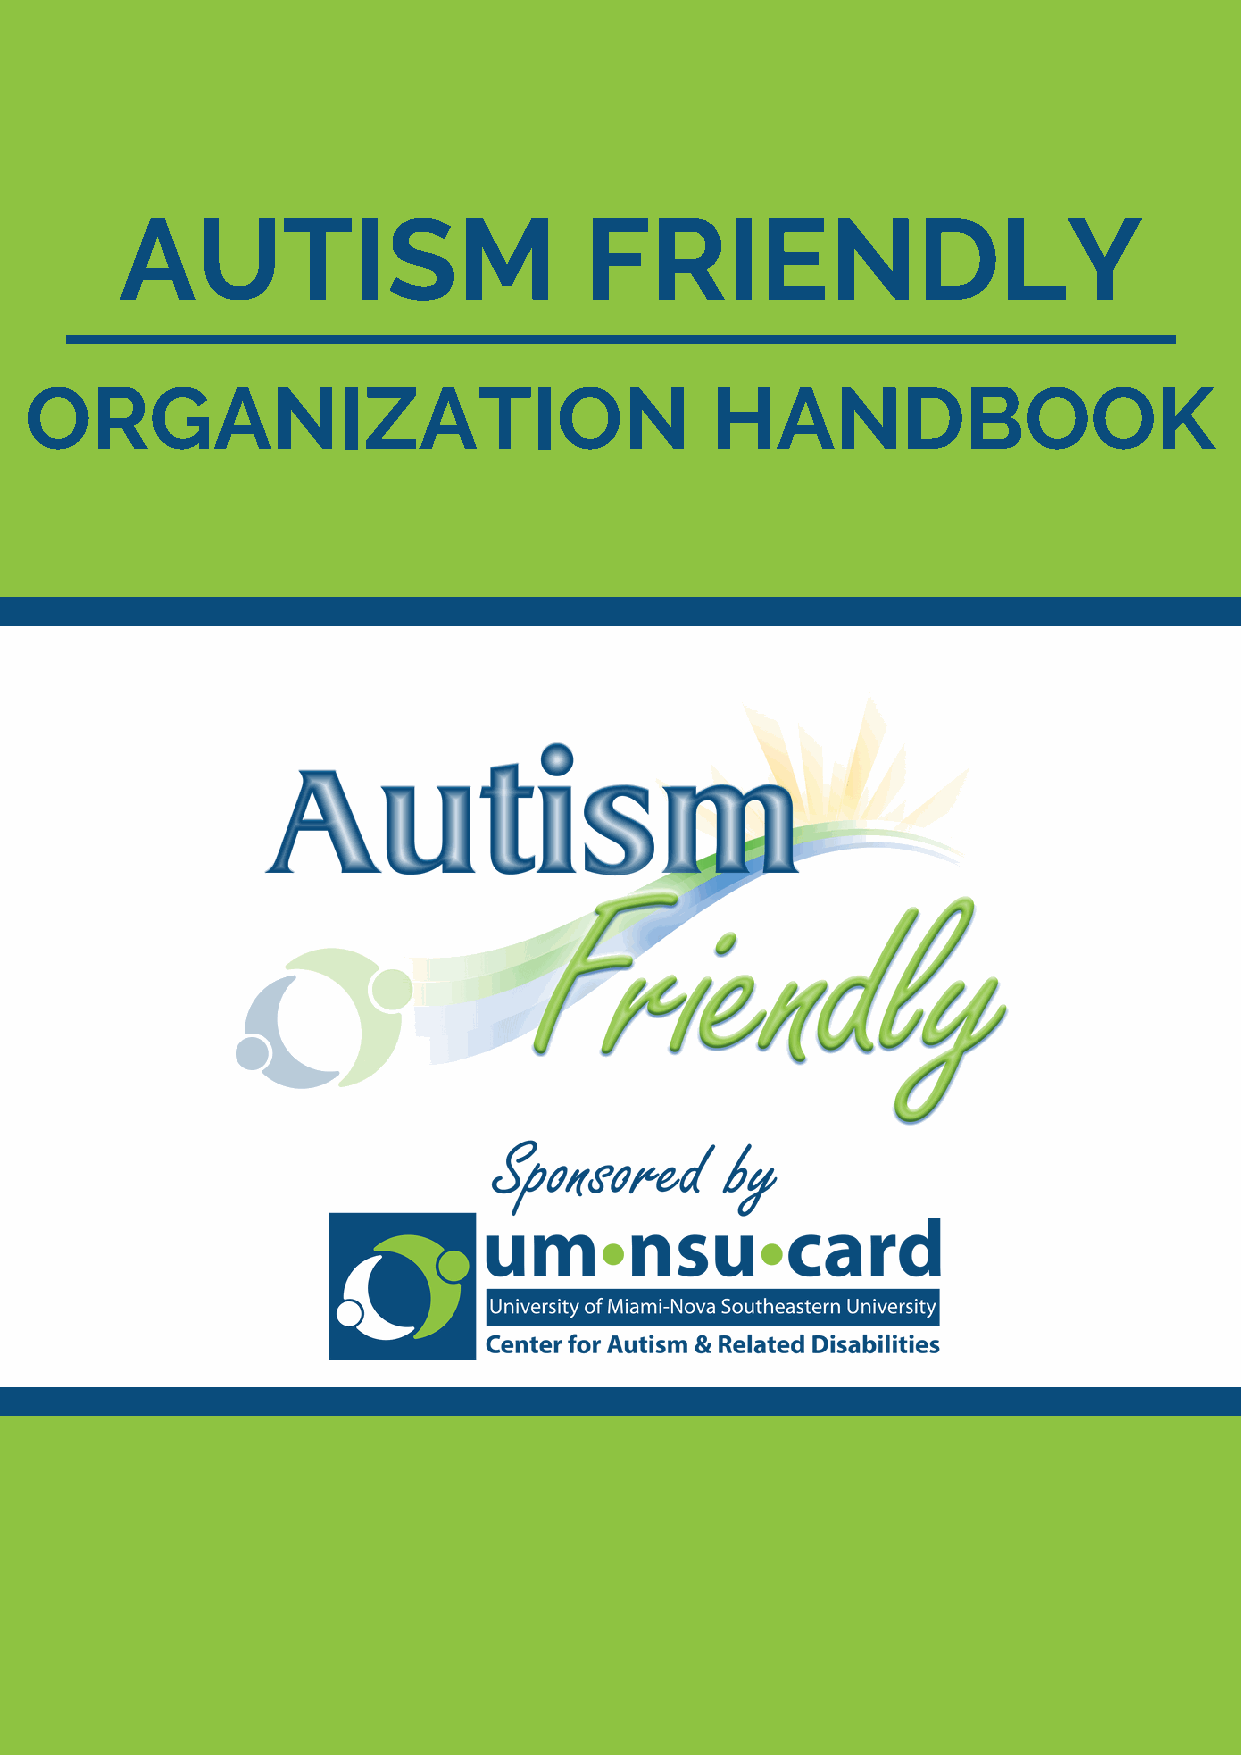
AUTISM                         FRIENDLY
 ORGANIZATION                                 HANDBOOK